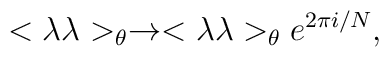
<\lambda \lambda>_{\theta} \rightarrow <\lambda \lambda>_{\theta}e^{2\pi i/N},